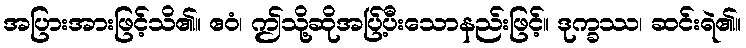
အပြားအားဖြင့်သိ၏။ ဧဝံ၊ ဤသို့ဆိုအပ်ြ့ပီးသောနည်းဖြင့်။ ဒုက္ခဿ၊ ဆင်းရဲ၏။